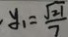
y _ { 1 } = \frac { \sqrt { 2 1 } } { 7 }